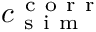
c _ { \mathrm { ~ s ~ i ~ m ~ } } ^ { \mathrm { ~ c ~ o ~ r ~ r ~ } }